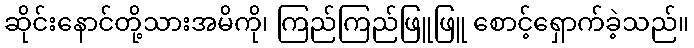
ဆိုင်းနောင်တို့သားအမိကို၊ ကြည်ကြည်ဖြူဖြူ စောင့်ရှောက်ခဲ့သည်။